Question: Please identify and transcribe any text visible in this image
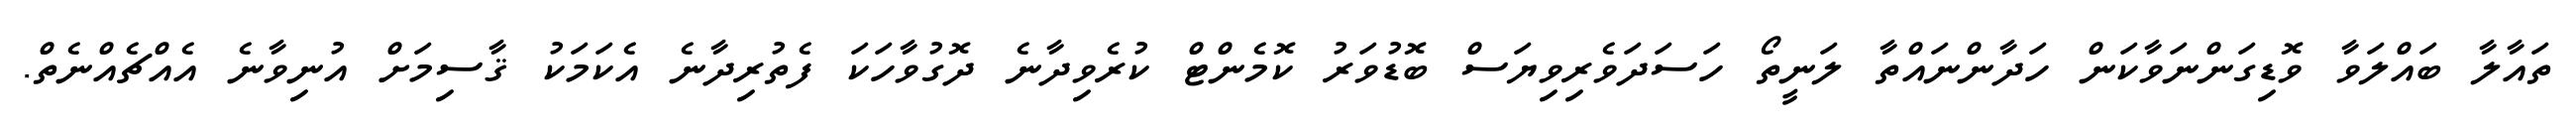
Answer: ތައާލާ ބައްލަވާ ވޮޑިގަންނަވާކަން ހަދާންނައްތާ ލަނީތޯ ހަސަދަވެރިވިޔަސް ބޮޑުވަރު ކޮމެންޓް ކުރެވިދާނެ ދޮގުވާހަކަ ފެތުރިދާނެ އެކަމަކު ޤާސިމަށް އުނިވާނެ އެއްޗެއްނެތް.